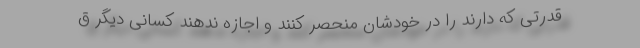
قدرتی که دارند را در خودشان منحصر کنند و اجازه ندهند کسانی دیگر ق